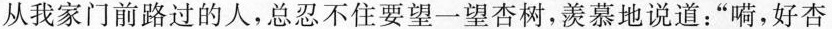
从我家门前路过的人，总忍不住要望一望杏树，羡慕地说道：“嗬，好杏